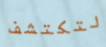
لتكتشف